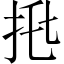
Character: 𢫅